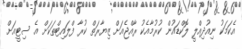
އެކަމަކު ނިއުދިއްލީ ލޮކްޑައުން ކުރުމާއެކު ރާއްޖެއަށް ޒިޔާރަތް ކުރާ ފްލައިޓްތަކަށް އެ ސިޓީއަށް